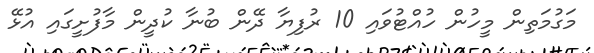
މަގުމަތިން މީހުން ހުއްޓުވައި 10 ރުފިޔާ ދޭން ބުނާ ކުދީން މާފުށީގައި އުޅޭ